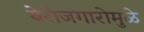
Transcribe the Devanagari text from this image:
बेरोजगारोमुळे